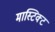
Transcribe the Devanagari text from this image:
मास्टिक्ट